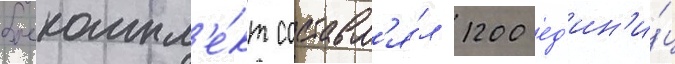
боекомпл'е́кт составл'я́л 1200 ед'ин'и́ц